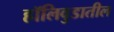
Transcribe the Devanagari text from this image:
हॉलिवुडातील